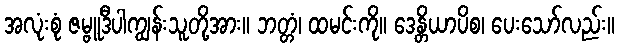
အလုံးစုံ ဇမ္ဗူဒီပါကျွန်းသူတို့အား။ ဘတ္တံ၊ ထမင်းကို။ ဒေန္တိယာပိစ၊ ပေးသော်လည်း။